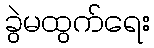
ခွဲမထွက်ရေး